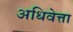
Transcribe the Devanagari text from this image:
अधिवेत्ता